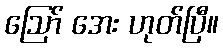
ဩော် အေး ဟုတ်ပြီ။